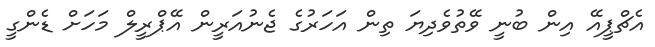
އެޗްޕީއޭ އިން ބުނީ ވޭތުވެދިޔަ ތިން އަހަރުގެ ޖެނުއަރީން އޭޕްރީލް މަހަށް ޑެންގީ